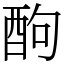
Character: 䣱